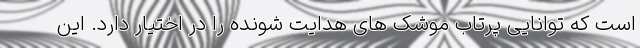
است که توانایی پرتاب موشک های هدایت شونده را در اختیار دارد. این